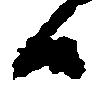
候